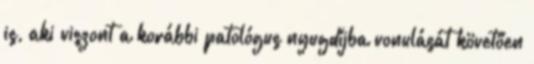
is, aki viszont a korábbi patológus nyugdíjba vonulását követően